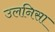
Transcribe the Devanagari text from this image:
उलनिसा